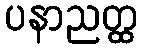
ပနာညတ္ထ